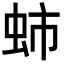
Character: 𧉽